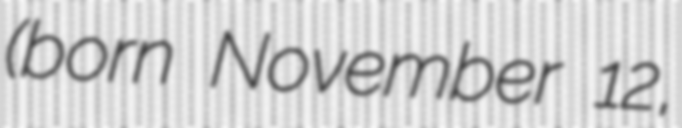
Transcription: (born November 12,